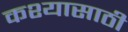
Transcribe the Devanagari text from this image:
कश्यासाठी